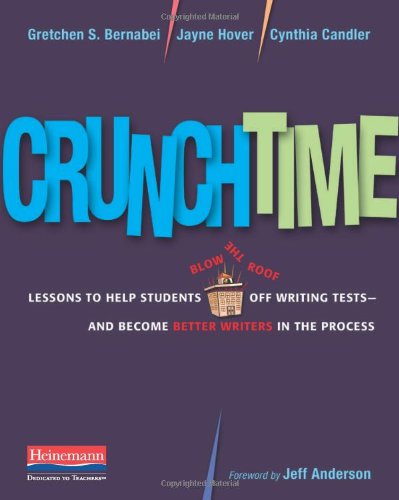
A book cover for Crunchtime: Lessons to Help Students Blow the Roof Off Writing Tests--and Become Better Writers in the Process; Gretchen Bernabei; Reference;